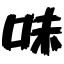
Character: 味